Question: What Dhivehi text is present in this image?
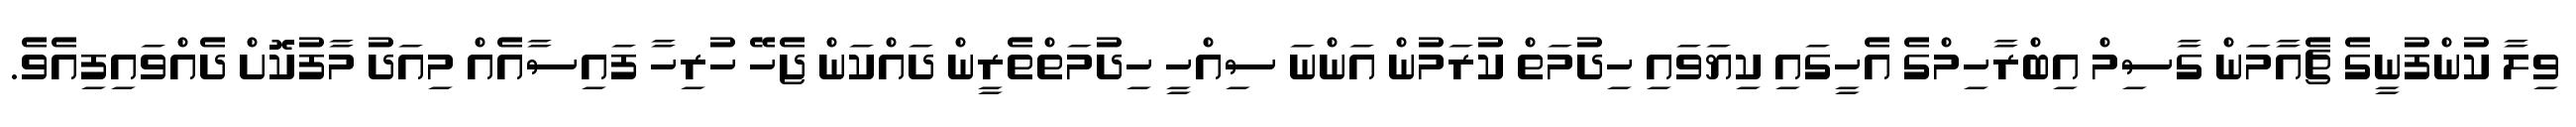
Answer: ވިލާ ކުންފުނީގެ ޗެއާމަން ގާސިމް އިބްރާހިމްގެ އެހީގައި ކިޔަވައި ހިދުމަތް ކުރަމުން އަންނަ ސިއްހީ ހިދުމަތްތެރީން ދައްކަން ޖެހޭ ހުރިހާ ފައިސާއެއް މިއަދު މާފުކޮށް ދެއްވައިފިއެވެ.